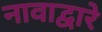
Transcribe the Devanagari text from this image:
नावाद्वारे